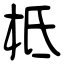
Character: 柢